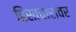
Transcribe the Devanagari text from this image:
हिंसाचारावर